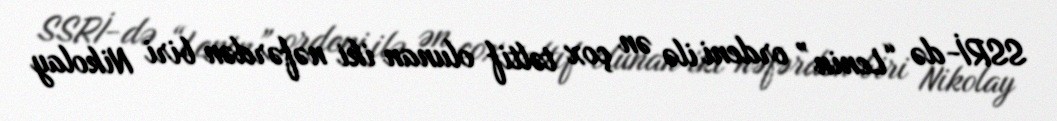
SSRİ-də “Lenin” ordeni ilə ən çox təltif olunan iki nəfərdən biri Nikolay